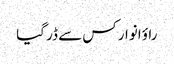
راؤ انوار کس سے ڈر گیا